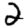
Digit: 2